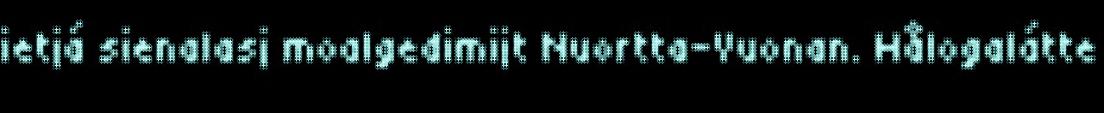
ietjá sienalasj moalgedimijt Nuortta-Vuonan. Hålogalátte